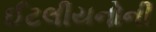
ઈટલીયનોની